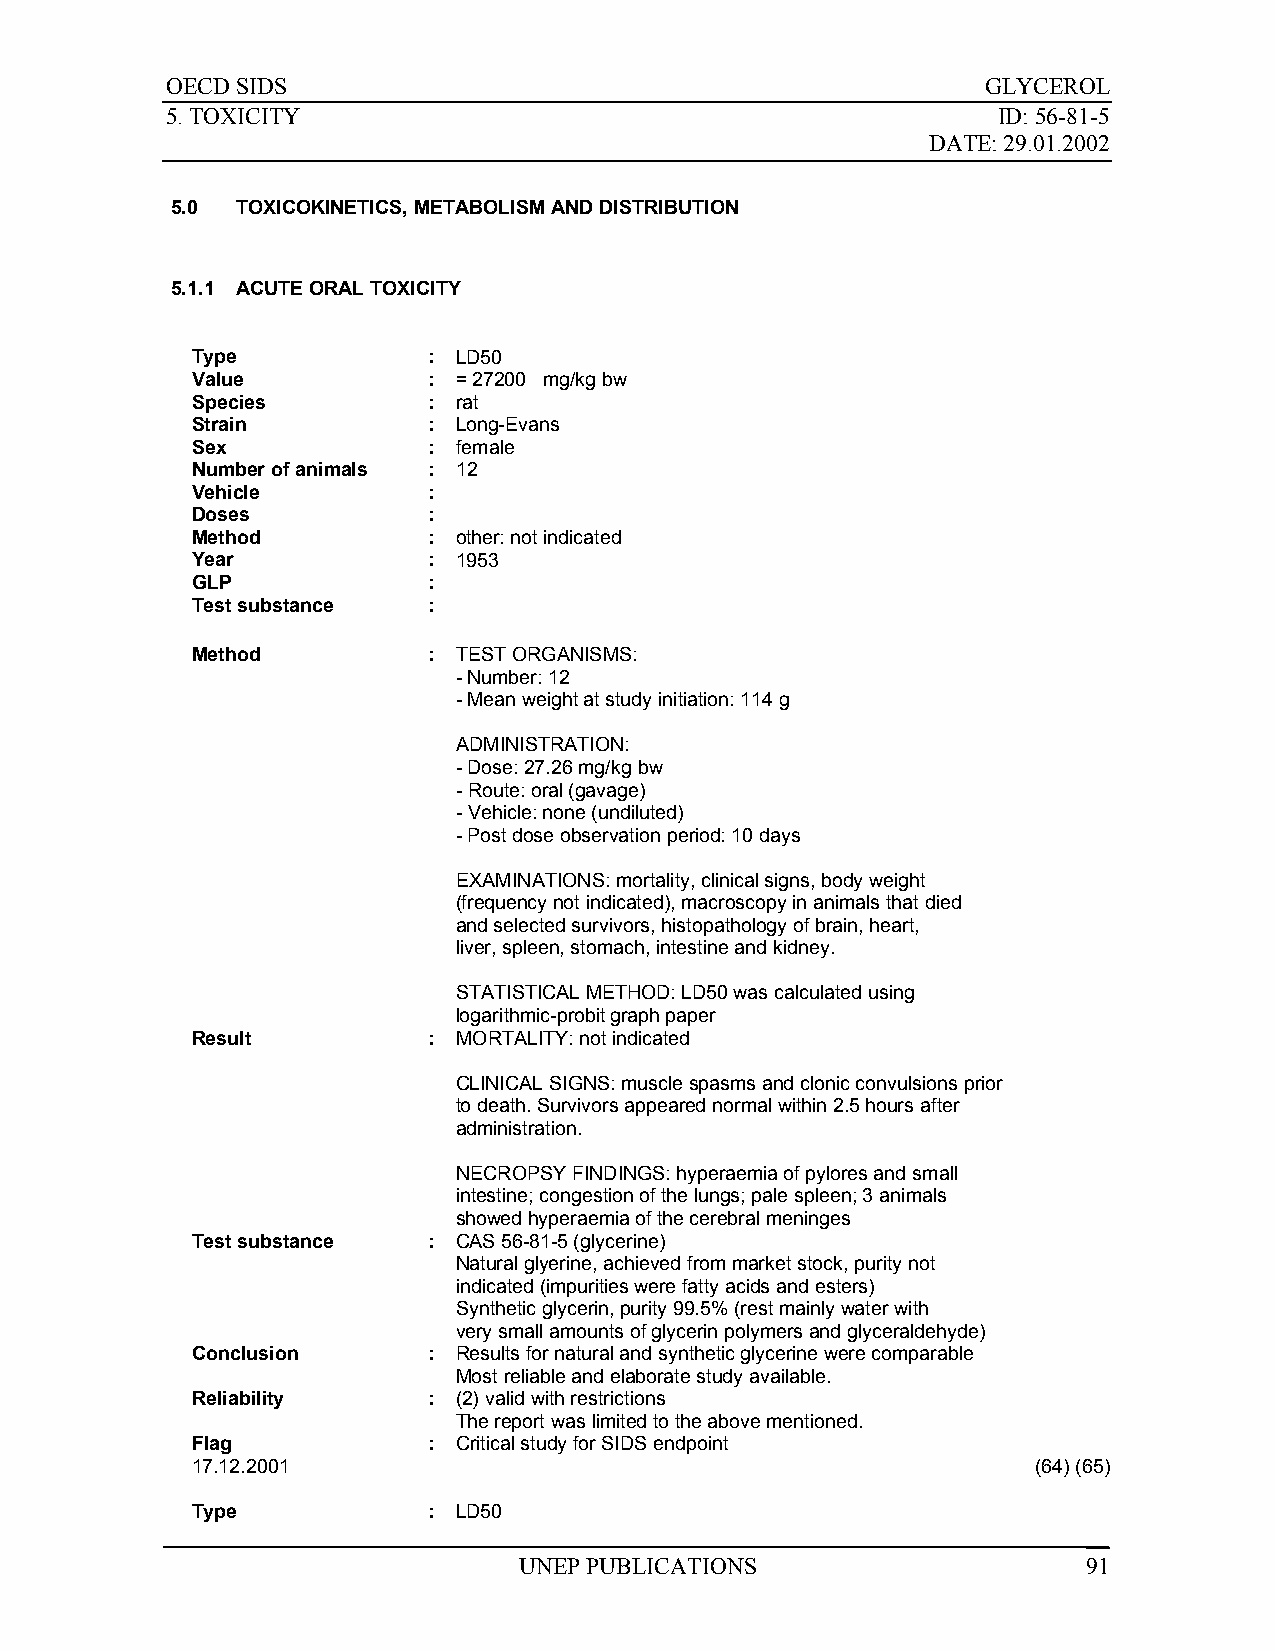
OECD SIDS                                             GLYCEROL
 5. TOXICITY                                            ID: 56-81-5
 DATE: 29.01.2002
 5.0  TOXICOKINETICS, METABOLISM AND DISTRIBUTION
 5.1.1 ACUTE ORAL TOXICITY
 Type           : LD50
 Value          : = 27200 mg/kg bw
 Species        : rat
 Strain         : Long-Evans
 Sex            : female
 Number of animals : 12
 Vehicle        :
 Doses          :
 Method         : other: not indicated
 Year           : 1953
 GLP            :
 Test substance :
 Method         : TEST ORGANISMS:
 - Number: 12
 - Mean weight at study initiation: 114 g
 ADMINISTRATION:
 - Dose: 27.26 mg/kg bw
 - Route: oral (gavage)
 - Vehicle: none (undiluted)
 - Post dose observation period: 10 days
 EXAMINATIONS: mortality, clinical signs, body weight
 (frequency not indicated), macroscopy in animals that died
 and selected survivors, histopathology of brain, heart,
 liver, spleen, stomach, intestine and kidney.
 STATISTICAL METHOD: LD50 was calculated using
 logarithmic-probit graph paper
 Result         : MORTALITY: not indicated
 CLINICAL SIGNS: muscle spasms and clonic convulsions prior
 to death. Survivors appeared normal within 2.5 hours after
 administration.
 NECROPSY FINDINGS: hyperaemia of pylores and small
 intestine; congestion of the lungs; pale spleen; 3 animals
 showed hyperaemia of the cerebral meninges
 Test substance : CAS 56-81-5 (glycerine)
 Natural glyerine, achieved from market stock, purity not
 indicated (impurities were fatty acids and esters)
 Synthetic glycerin, purity 99.5% (rest mainly water with
 very small amounts of glycerin polymers and glyceraldehyde)
 Conclusion     : Results for natural and synthetic glycerine were comparable
 Most reliable and elaborate study available.
 Reliability    : (2) valid with restrictions
 The report was limited to the above mentioned.
 Flag           : Critical study for SIDS endpoint
 17.12.2001                                              (64) (65)
 Type           : LD50
 UNEP PUBLICATIONS                     91